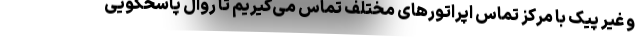
و غیر پیک با مرکز تماس اپراتورهای مختلف تماس می‌گیریم تا روال پاسخگویی